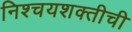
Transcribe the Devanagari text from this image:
निश्चयशक्तीची